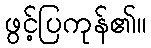
ဖွင့်ပြကုန်၏။